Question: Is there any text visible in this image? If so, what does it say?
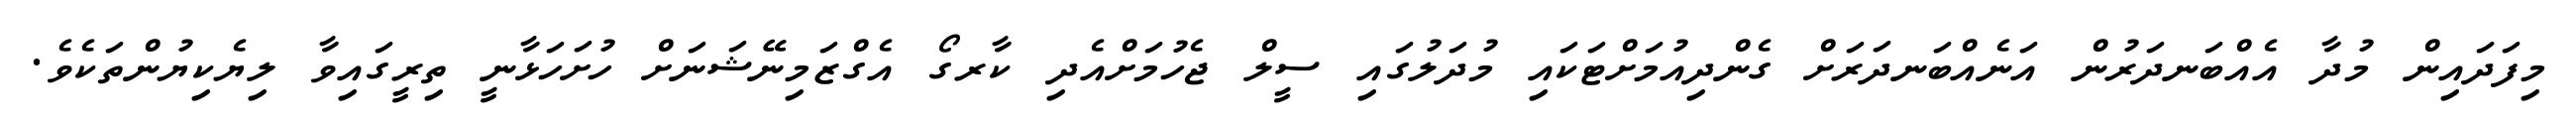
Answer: މިފަދައިން މުދާ އެއްބަނދަރުން އަނެއްބަނދަރަށް ގެންދިއުމަށްޓަކައި މުދަލުގައި ސީލް ޖެހުމަށްއެދި ކާރގޯ އެގްޒަމިނޭޝަނަށް ހުށަހަޅާނީ ތިރީގައިވާ ލިޔެކިޔުންތަކެވެ.